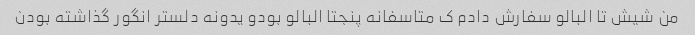
من شیش تا البالو سفارش دادم ک متاسفانه پنجتا البالو بودو یدونه دلستر انگور گذاشته بودن